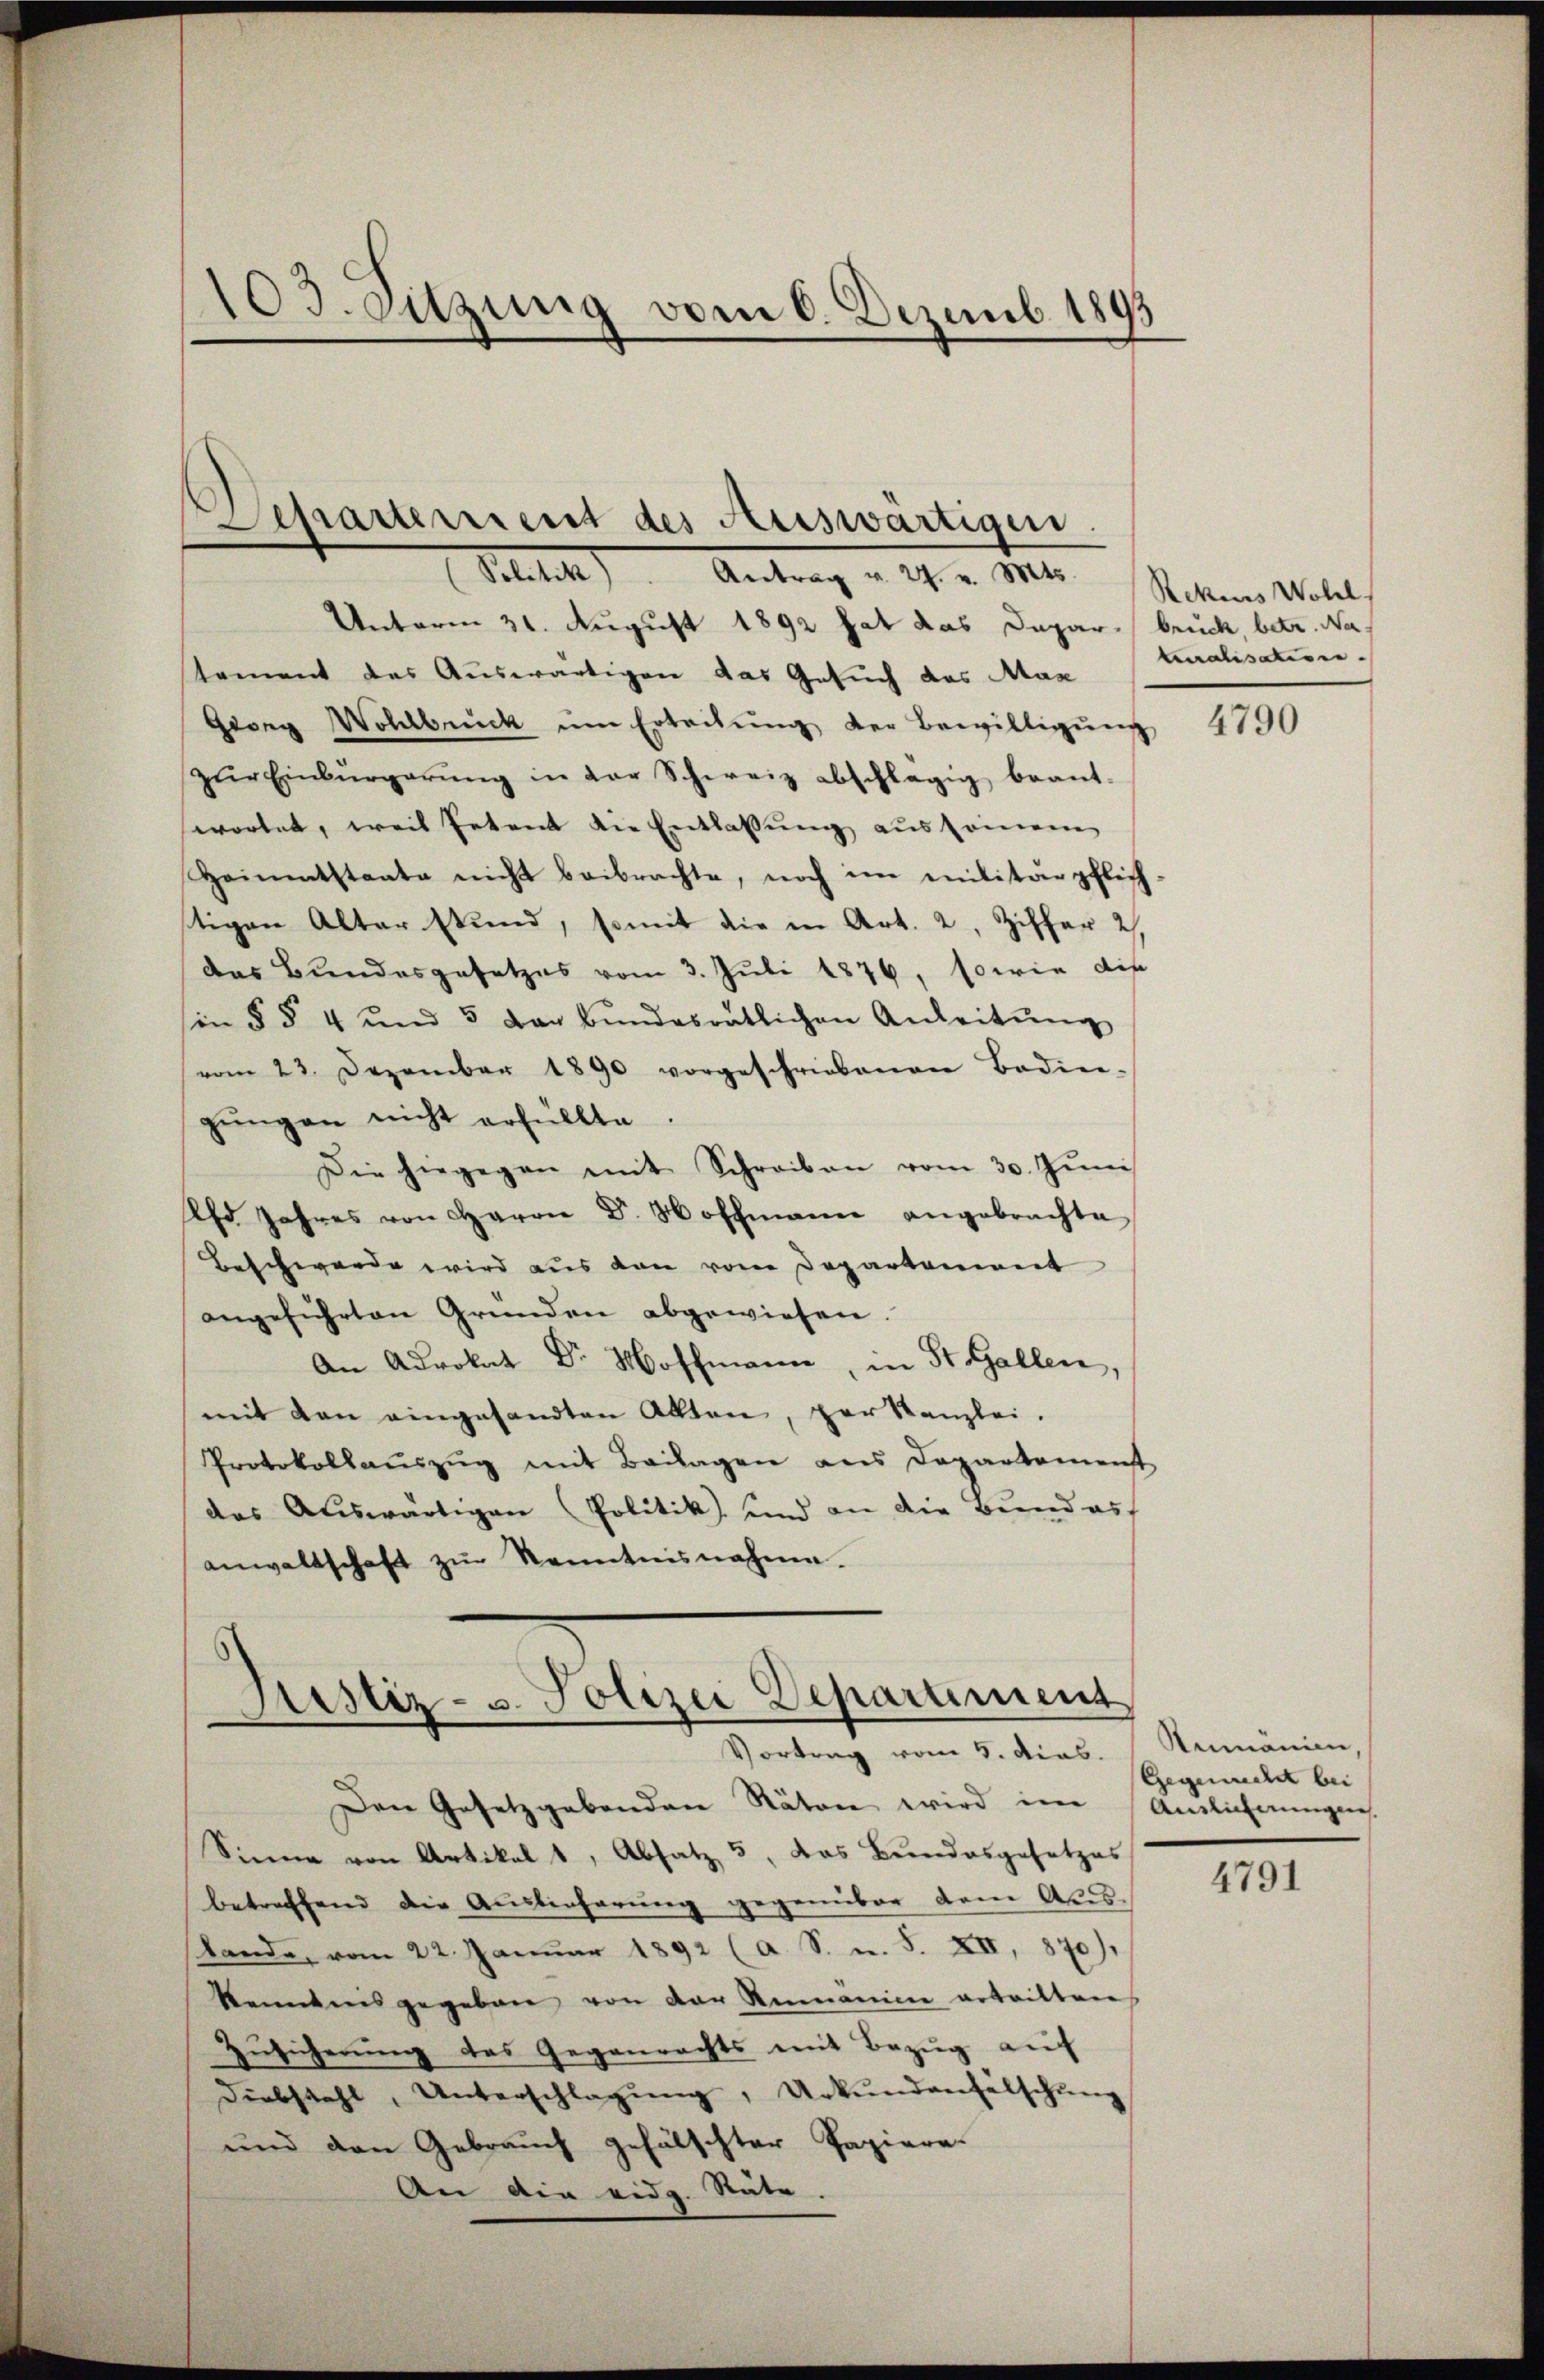
103. Sitzung vom 6. Dezemb. 1893

Departement des Auswärtigen.
(Solitik. Antrag v. 27. v. Mts. Rekurs Woll

Unterm 31. August 1892 hat das Depar- brück, betr. Na-
tement des Auswärtigen das Gesuch das Max
Georg Wohlbrück im Erteilŭng der Bewilligŭng
zŭr Einbürgerŭng in der Schweiz abschlägig beant-
wortet, weil Petent die Entlassung aussemen
Heimatstaate nicht beibrachte, noch im militärpflich
tigen Alter stund, somit die in Art. 2, Ziffer 2),
das Bundesgesetzes vom 3. Juli 1876, sowie dis
sin § § 4 und 5 dar bŭndesrätlichen Anleitŭng
vom 23. Dezember 1890 vorgeschriebenen Bedin-
gungen nicht erfüllte
Die hiegegen mit Schreiben vom 30. Juni
Chr Jahres von Baron Dr. Hoffmann angebrachte
Beschwerde wird aus den vom Departement
angeführten Gründen abgewiesen.
An Adrokat Dr. Mohm, in St. Gallen,
mit von eingesandten Akten, par Kanzlei.
Protokollaŭszŭg mit Beilagen aus Departement
das Auswärtigen Politik und an die Bund auf
anwaltschaft zŭr Kenntnisnahme.

Justiz- u. Polizei Deparament
Vortrag vom 5. dies. Rumänien,

Den Gesetzgebenden Räten wird im
Sinne von Artikel 1, Absatz 5, das Bundesgesetzes
betreffend die Auslieferung gegenüber dem Ares-
stande, vom 22. Januar 1892 (a. S. u. S. XII, 870),
kenntnis gegeben von der Ammanin erteilten
Zusicherung des Gegenrechts mit Bezug auf
Diebstahl, Unterschlagŭng, Urkŭndenfälschŭng
und den Gebrauch gefälschter Papiere.
An die eidg. Stäte.

teralisatione

4790

Gegenrecht bei
Andlicherungen

4791